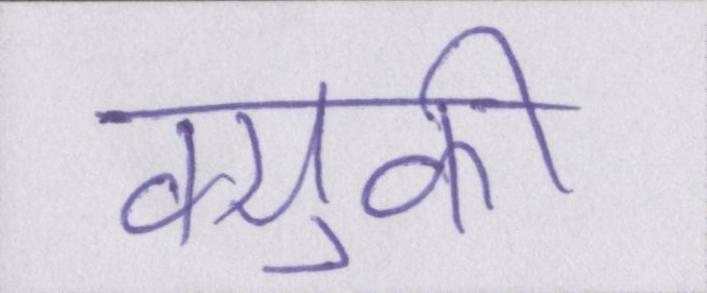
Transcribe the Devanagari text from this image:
क्युकी